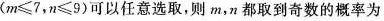
($$m\leq 7$$，$$n\leq 9$$)可以任意选取，则m，n都取到奇数的概率为